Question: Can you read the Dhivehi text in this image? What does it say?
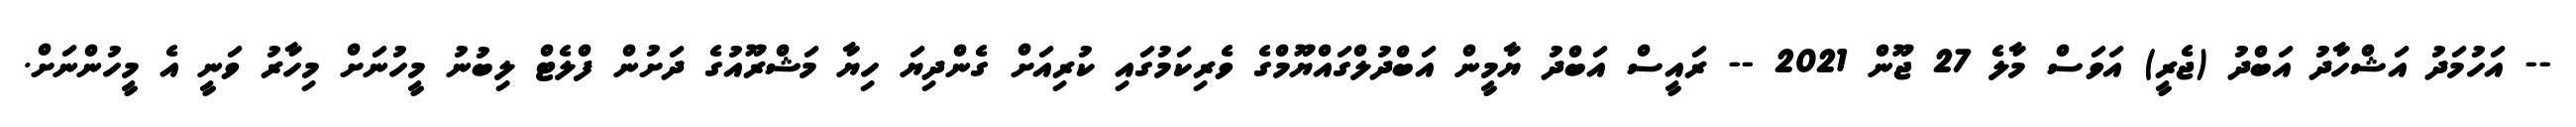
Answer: -- އަހުމަދު އަޝްހާދު އަބްދު (ޖެރީ) އަވަސް މާލެ 27 ޖޫން 2021 -- ރައީސް އަބްދު ޔާމީން އަބްދުލްގައްޔޫމްގެ ވެރިކަމުގައި ކުރިއަށް ގެންދިޔަ ހިޔާ މަޝްރޫއުގެ ދަށުން ފްލެޓް ލިބުނު މީހުނަށް މިހާރު ވަނީ އެ މީހުންނަށް.